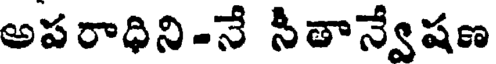
అపరాధిని-నే సీతాన్వేషణ